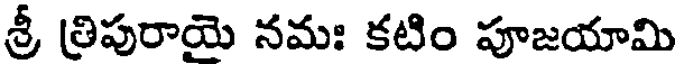
శ్రీ త్రిపురాయె నమః కటిం పూజయామి